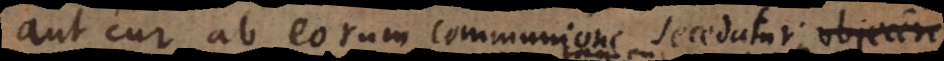
aut cur ab eorum communione secedatur; nega